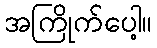
အကြိုက်ပေါ့။